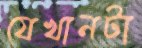
যেখানটা